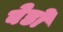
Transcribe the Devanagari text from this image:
बेडों